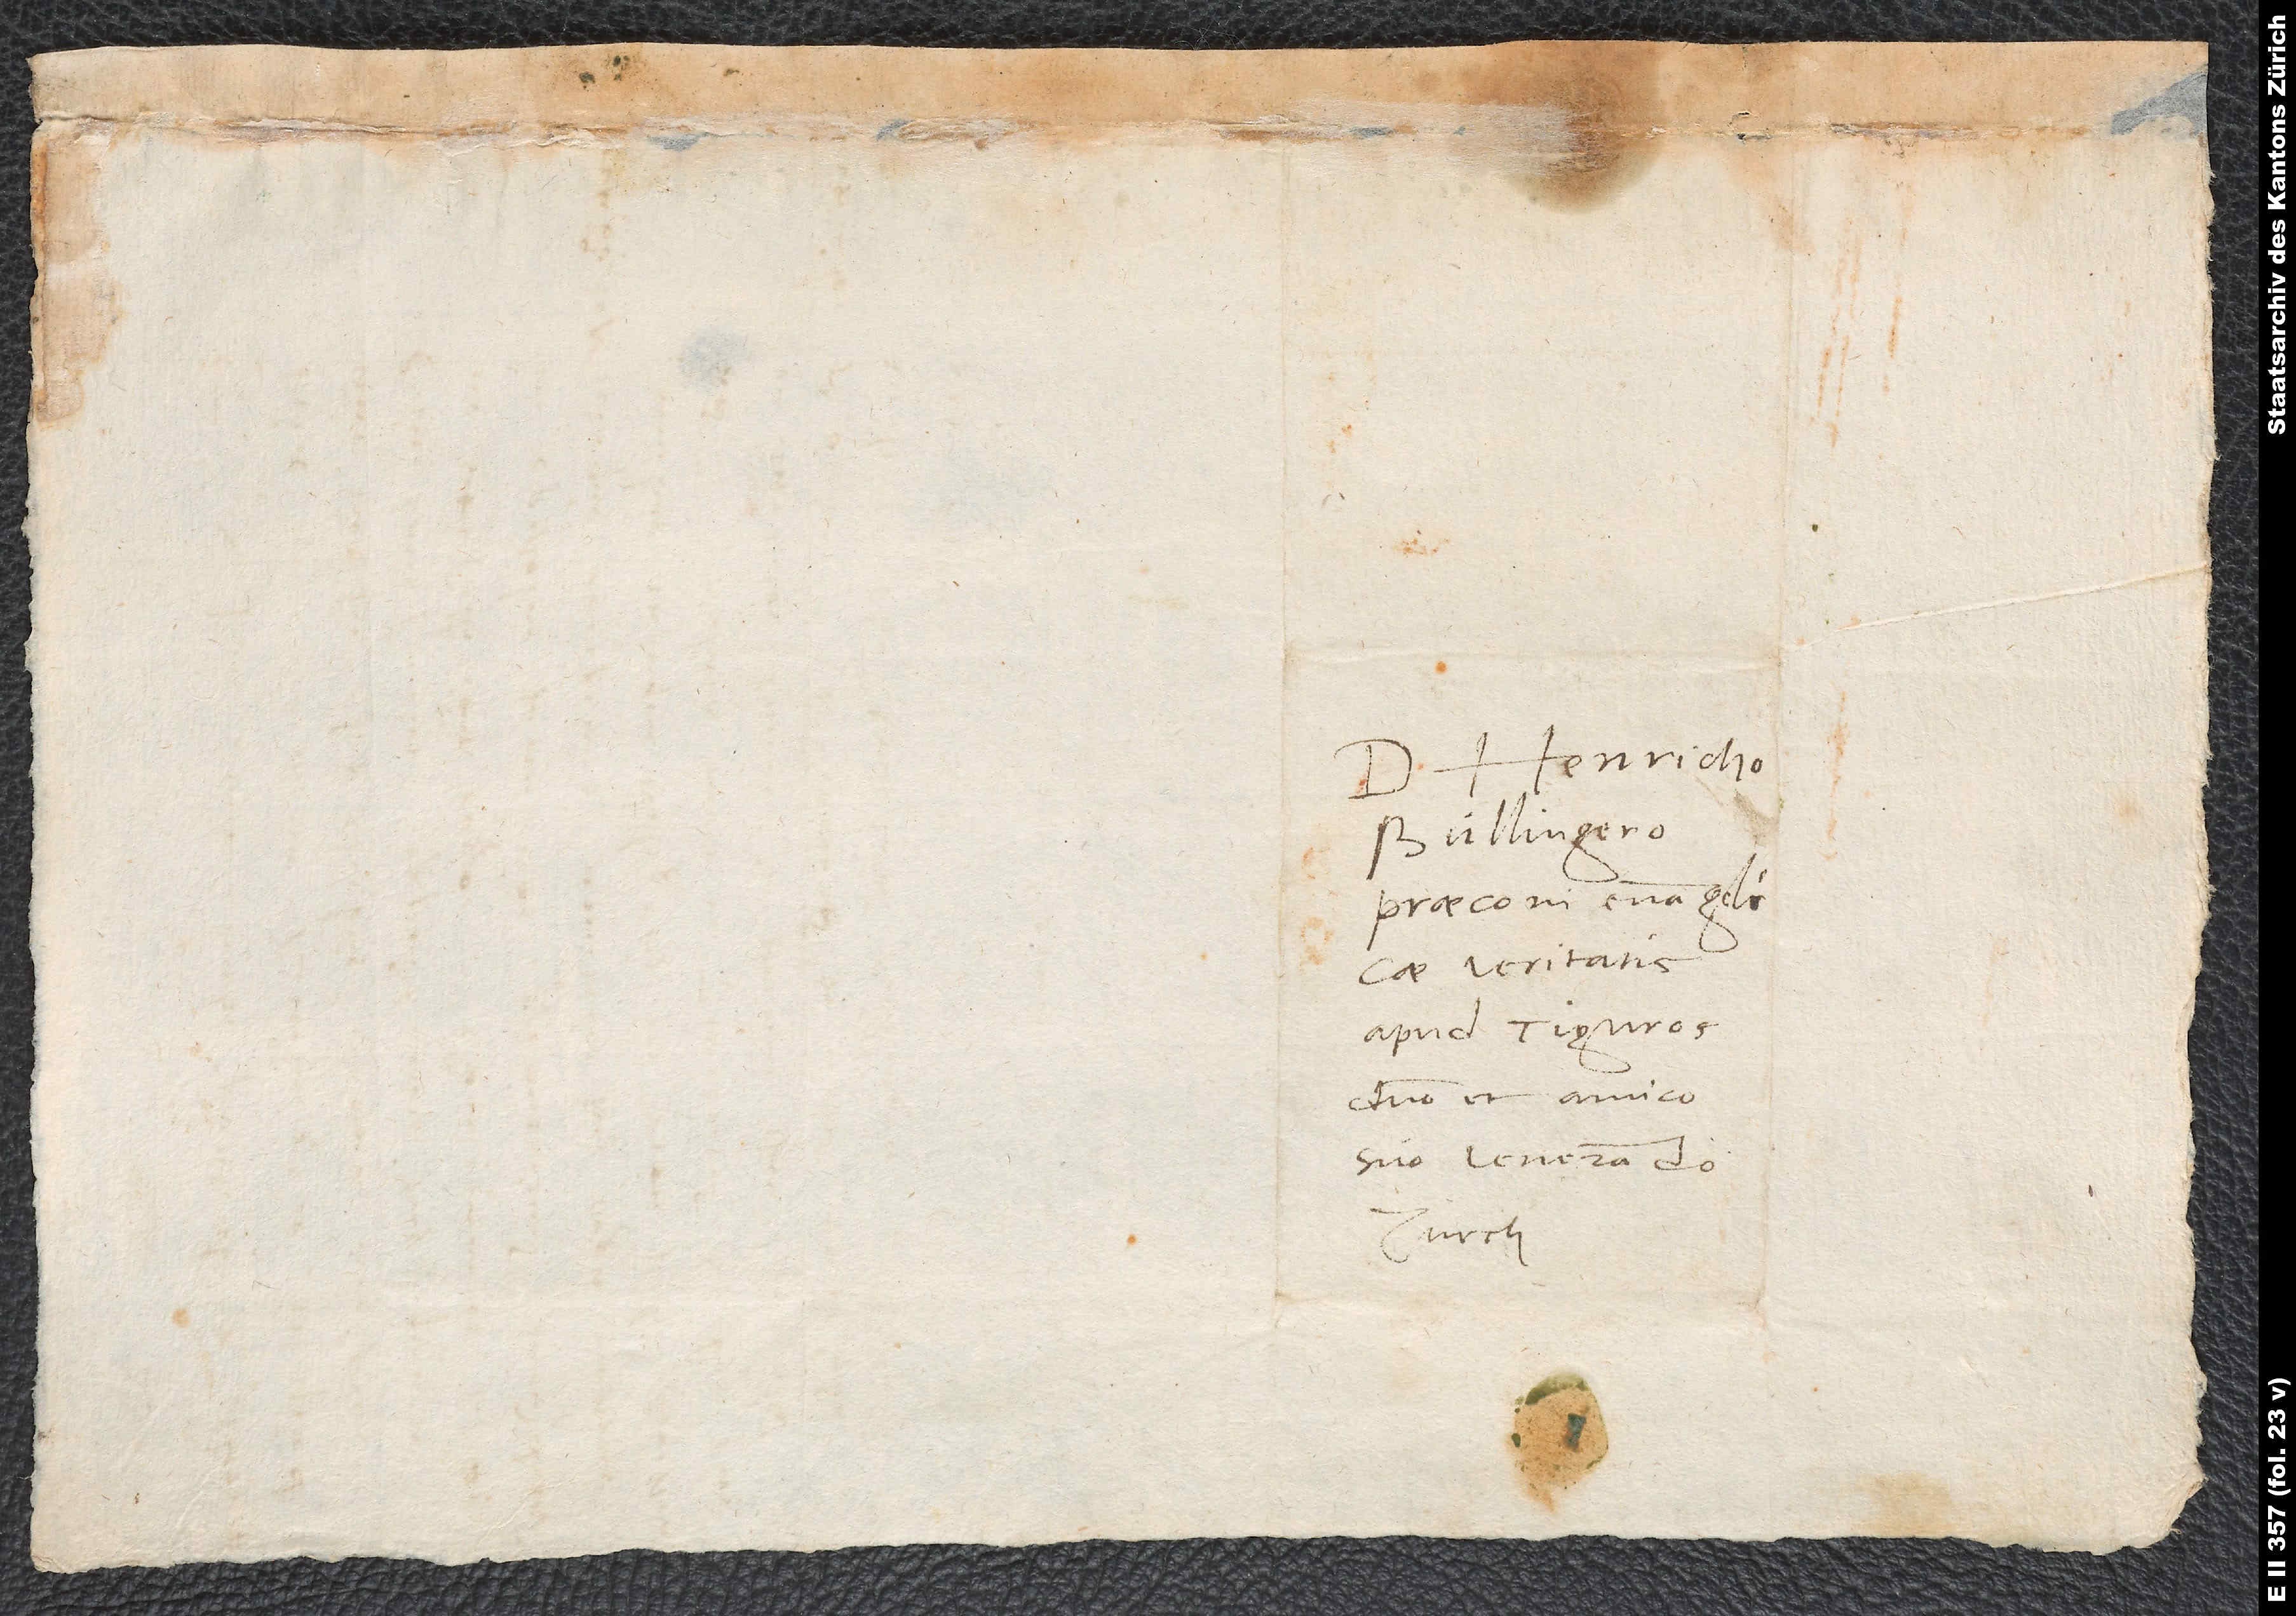
Domino Henricho
Bullingero,
praeconi evangelicae
veritatis
apud Tiguros,
suo venerando.
Zurch.